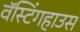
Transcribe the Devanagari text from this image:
वॅस्टिंगहाउस